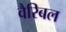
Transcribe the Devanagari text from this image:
वैरिबल